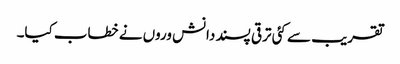
تقریب سے کئی ترقی پسند دانش وروں نے خطاب کیا۔